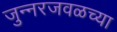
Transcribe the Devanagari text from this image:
जुन्‍नरजवळच्या